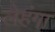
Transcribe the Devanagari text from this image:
लेहंगा